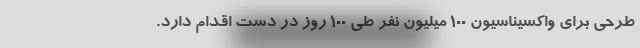
طرحی برای واکسیناسیون 100 میلیون نفر طی 100 روز در دست اقدام دارد.